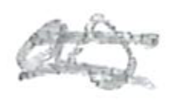
Text: as
Cross-out: double-line
Writing tool: pencil